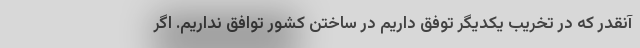
آنقدر که در تخریب یکدیگر توفق داریم در ساختن کشور توافق نداریم. اگر